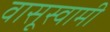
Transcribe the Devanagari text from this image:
वासूस्वामी